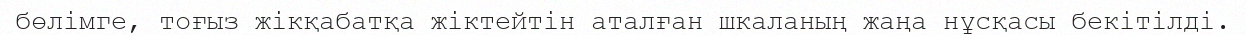
бөлімге, тоғыз жікқабатқа жіктейтін аталған шкаланың жаңа нұсқасы бекітілді.